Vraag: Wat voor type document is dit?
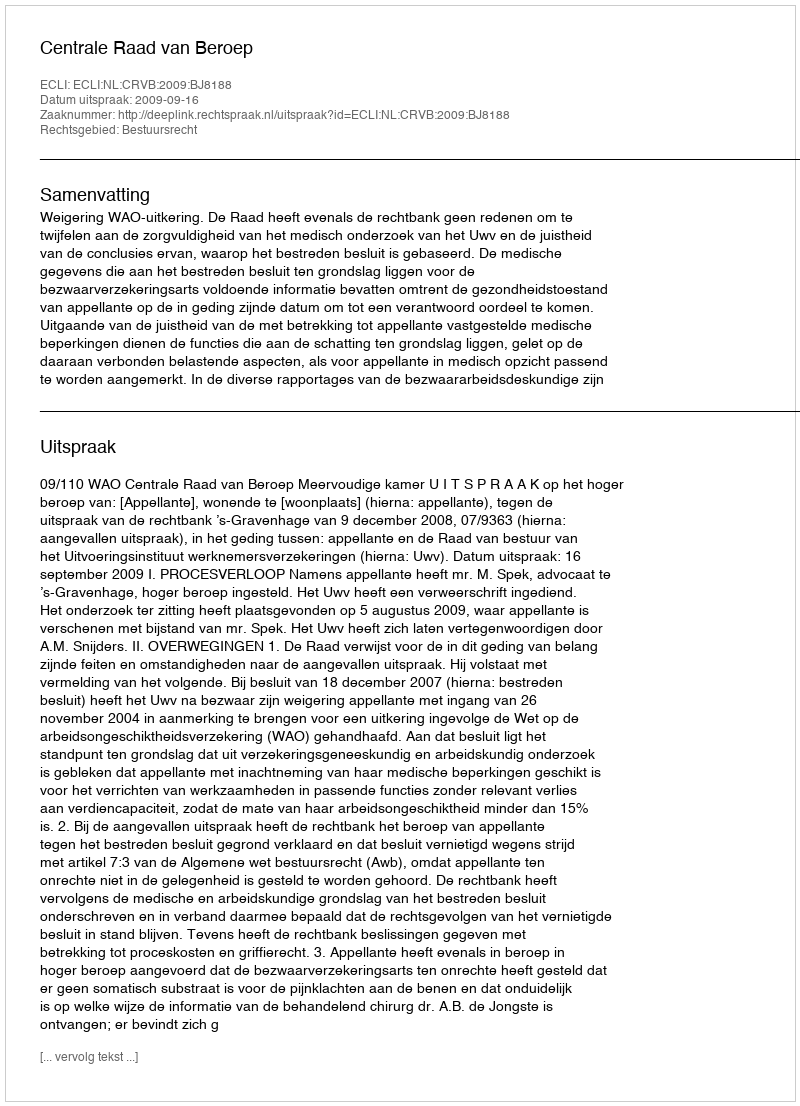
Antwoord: Uitspraak